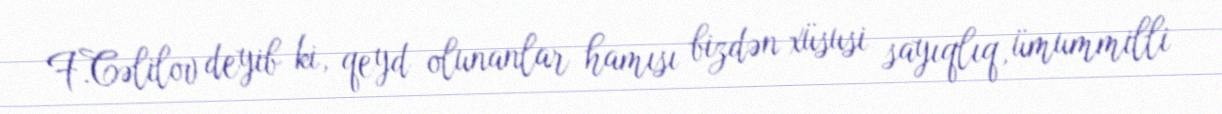
F.Cəlilov deyib ki, qeyd olunanlar hamısı bizdən xüsusi sayıqlıq, ümummilli